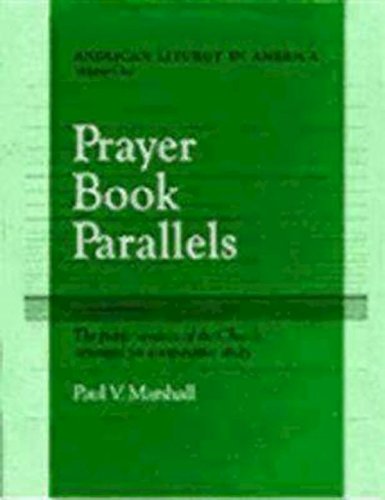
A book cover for Prayer Book Parallels Volume 1 (Anglican Liturgy in America, V. 1); Paul V. Marshall; Literature & Fiction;